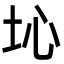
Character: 𡉾